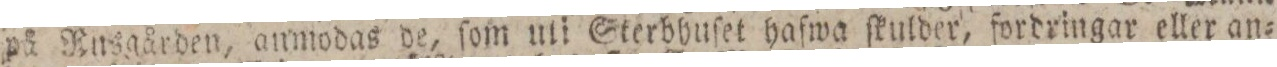
på Rusgården, anmodas de, ſom uti Sterbhuſet hafwa ſkulder, fordringar eller an=